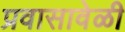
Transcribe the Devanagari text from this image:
प्रवासावेळी